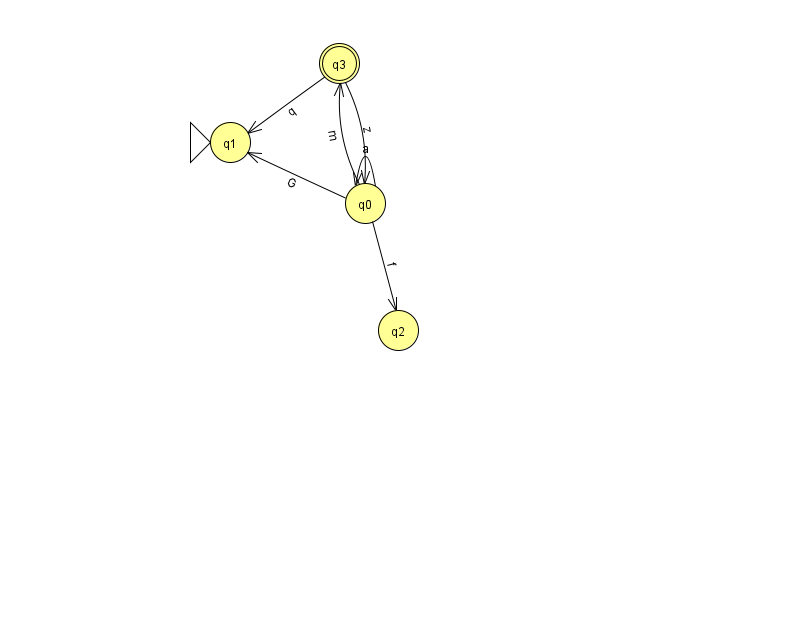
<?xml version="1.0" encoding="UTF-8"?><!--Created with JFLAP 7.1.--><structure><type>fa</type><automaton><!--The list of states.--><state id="0" name="q0"><x>365.0</x><y>190.0</y></state><state id="1" name="q1"><x>230.0</x><y>129.0</y><initial/></state><state id="2" name="q2"><x>398.0</x><y>317.0</y></state><state id="3" name="q3"><x>339.0</x><y>50.0</y><final/></state><!--The list of transitions.--><transition><from>0</from><to>3</to><read>m</read></transition><transition><from>0</from><to>0</to><read>a</read></transition><transition><from>3</from><to>1</to><read>q</read></transition><transition><from>0</from><to>2</to><read>f</read></transition><transition><from>3</from><to>0</to><read>z</read></transition><transition><from>0</from><to>1</to><read>G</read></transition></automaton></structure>